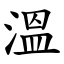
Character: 溫